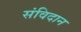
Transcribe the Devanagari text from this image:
संविदान